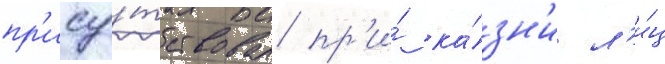
пр'ису́тствовал пр'и́ ка́зн'и л'и́ц